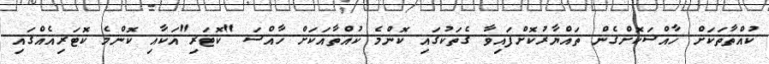
ކުއްތާތަކަށް ޚާއްސަކޮށްގެން ތައްޔާރުކޮށްފައިވާ ގެތަކުގައި ކޮންމެ ކުއްތާއަކަށް ހާއްސަ "ކޮޓަރި"އަކާއި ކޮންމެ ކޮޓަރިއެއްގައި